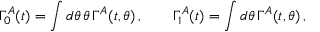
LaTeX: \Gamma _ { 0 } ^ { A } ( t ) = \int d \theta \, \theta \, \Gamma ^ { A } ( t , \theta ) \, , \qquad \Gamma _ { 1 } ^ { A } ( t ) = \int d \theta \, \Gamma ^ { A } ( t , \theta ) \, ,